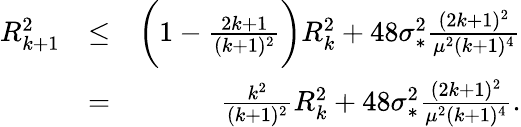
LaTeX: \begin{array}{rlr}{R_{k+1}^{2}}&{\leq}&{\bigg(1-\frac{2k+1}{(k+1)^{2}}\bigg)R_{k}^{2}+48\sigma_{*}^{2}\frac{(2k+1)^{2}}{\mu^{2}(k+1)^{4}}}\\ &{=}&{\frac{k^{2}}{(k+1)^{2}}R_{k}^{2}+48\sigma_{*}^{2}\frac{(2k+1)^{2}}{\mu^{2}(k+1)^{4}}.}\end{array}